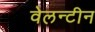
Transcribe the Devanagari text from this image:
वेलन्टीन